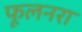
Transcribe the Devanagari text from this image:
फूलनरा